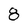
Character: 8